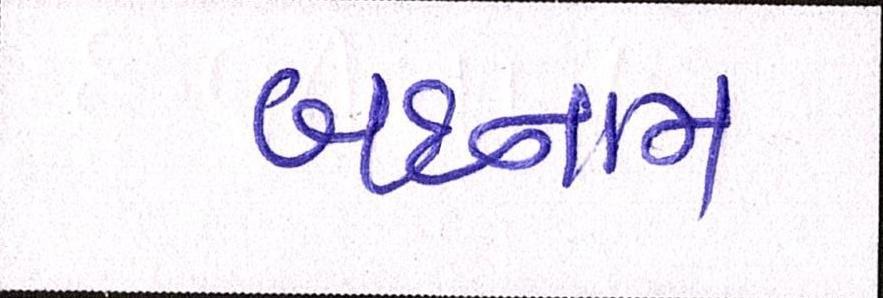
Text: બદનામ